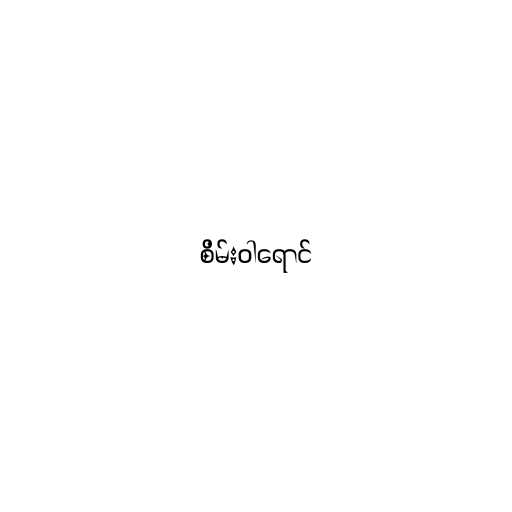
စိမ်းဝါရောင်